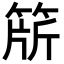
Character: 𬕕